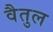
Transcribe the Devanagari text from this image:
वैतुल